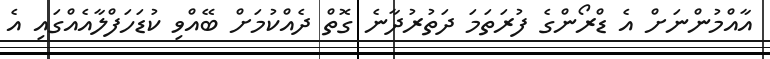
އާއްމުންނަށް އެ ޑްރޯންގެ ފުރަތަމަ ދަތުރުދާނެ ގޮތް ދެއްކުމަށް ބޭއްވި ކުޑަހަފްލާއެއްގައި އެ